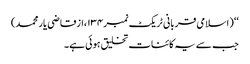
‘‘ (اسلامی قربانی ٹریکٹ نمبر۱۳۴،ازقاضی یار محمد)
جب سے یہ کائنات تخلیق ہوئی ہے۔